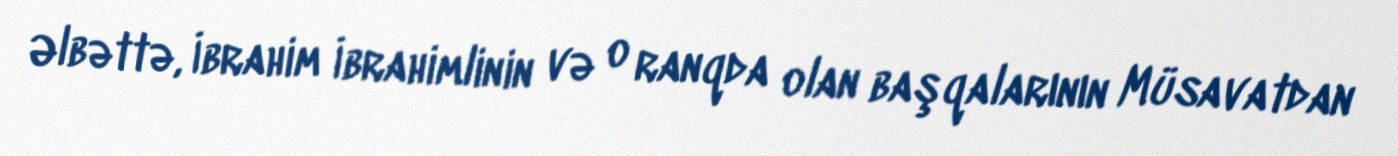
Əlbəttə, İbrahim İbrahimlinin və o ranqda olan başqalarının Müsavatdan